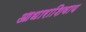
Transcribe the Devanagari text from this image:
आधाराशिवाय